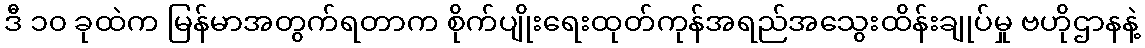
ဒီ ၁၀ ခုထဲက မြန်မာအတွက်ရတာက စိုက်ပျိုးရေးထုတ်ကုန်အရည်အသွေးထိန်းချုပ်မှု ဗဟိုဌာနနဲ့